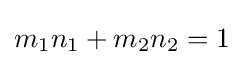
m_{1}n_{1}+m_{2}n_{2}=1